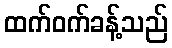
ထက်ဝက်ခန့်သည်